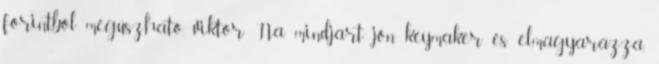
forintból megúszható. viktor: Na, mindjárt jön keymaker és elmagyarázza,